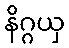
နိဂ္ဂယှ